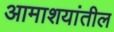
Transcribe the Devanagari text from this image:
आमाशयांतील